Annual report on the Civil Veterinary Department, Burma (including the Insein Veterinary School) - 1932-1941
Year: 1932
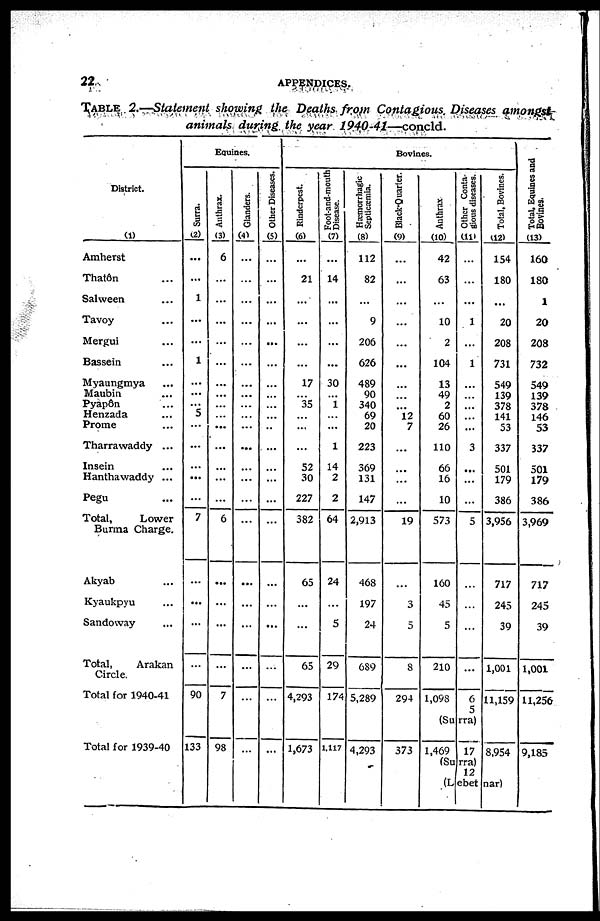
22
appendices.
Table 2.—Statement showing the Deaths from Contagious Diseases amongst
animals during the year 1940-41—concld.
District.
(1)
Amherst
Thatôn ...
Salween ...
Tavoy ...
Mergui ...
Bassein ...
Myaungmya ...
Maubin ...
Pyapôn ...
Henzada ...
Prome ...
Tharrawaddy ...
Insein ...
Hanthawaddy ...
Pegu ...
Total,
Lower
Burma Charge.
Akyab ...
Kyaukpyu ...
Sandoway ...
Total,
Arakan
Circle.
Total for 1940-41
Total for 1939-40
Equines.
Surra.
(2)
...
...
1
...
...
1
...
...
...
5
...
...
...
...
...
7
...
...
...
...
90
133
Anthrax.
(3)
6
...
...
...
...
...
...
...
...
...
...
...
...
...
...
6
...
...
...
...
7
98
Glanders.
(4)
...
...
...
...
...
...
...
...
...
...
...
...
...
...
...
...
...
...
...
...
...
...
Other Diseases.
(5)
...
...
...
...
...
...
...
...
...
...
...
...
...
...
...
...
...
...
...
...
...
...
Bovines.
Rinderpest.
(6)
...
21
...
...
...
...
17
...
35
...
...
...
52
30
227
382
65
...
...
65
4,293
1,673
Foot-and-mouth
Disease.
(7)
...
14
...
...
...
...
30
...
1
...
...
1
14
2
2
64
24
...
5
29
174
1,117
Hæmorrhagic
Septicæmia.
(8)
112
82
...
9
206
626
489
90
340
69
20
223
369
131
147
2,913
468
197
24
689
5,289
4,293
Black-Quarter.
(9)
...
...
...
...
...
...
...
...
...
12
7
...
...
...
...
19
...
3
5
8
294
373
Anthrax
(10)
42
63
...
10
2
104
13
49
2
60
26
110
66
16
10
573
160
45
5
210
1,098
Other Conta-
gious diseases.
(11)
...
...
...
1
...
1
...
...
...
...
...
3
...
...
...
5
...
...
...
...
6
1,469
(Surra)
17
12
Total, Bovines.
(12)
154
180
...
20
208
731
549
139
378
141
53
337
501
179
386
3,956
717
245
39
1,001
11,159
8,954
(Lebetnar)
Total, Equines and
Bovines.
(13)
160
180
1
20
208
732
549
139
378
146
53
337
501
179
386
3,969
717
245
39
1,001
11,256
9,185